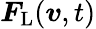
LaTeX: \boldsymbol{F}_{\mathrm{L}}(\boldsymbol{v},t)